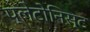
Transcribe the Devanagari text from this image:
प्लेटोनिस्ट